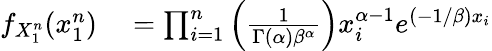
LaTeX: \begin{array}{rl}{f_{X_{1}^{n}}(x_{1}^{n})}&{{}=\prod_{i=1}^{n}\left({\frac{1}{\Gamma(\alpha)\beta^{\alpha}}}\right)x_{i}^{\alpha-1}e^{(-1/\beta)x_{i}}}\end{array}